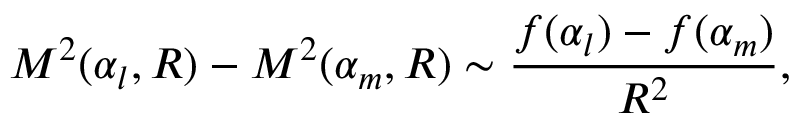
{ \cal M } ^ { 2 } ( \alpha _ { l } , R ) - { \cal M } ^ { 2 } ( \alpha _ { m } , R ) \sim \frac { f ( \alpha _ { l } ) - f ( \alpha _ { m } ) } { R ^ { 2 } } ,